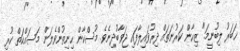
ޚަބަރު ލިބުނީމަ." ޒިހާން ކަރުނަތައް ދިރުވައިލާފައި ޖަވާބުދިނެވެ. މުސްކާން ހިނިތުންވެލަން މަސައްކަތް ކުރި